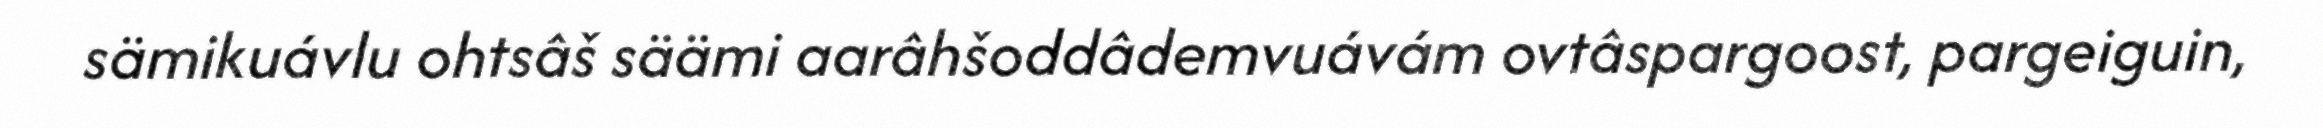
sämikuávlu ohtsâš säämi aarâhšoddâdemvuávám ovtâspargoost, pargeiguin,